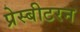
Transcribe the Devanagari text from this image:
प्रेस्बीटरन